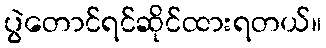
ပွဲတောင်ရင်ဆိုင်ထားရတယ်။